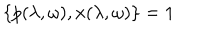
LaTeX: \{ p ( \lambda , \omega ) , x ( \lambda , \omega ) \} = 1